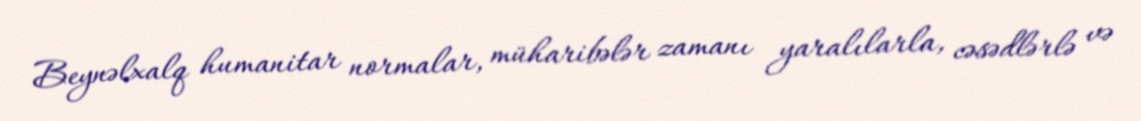
Beynəlxalq humanitar normalar, müharibələr zamanı yaralılarla, cəsədlərlə və